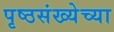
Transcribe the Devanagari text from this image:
पृष्ठसंख्येच्या